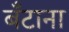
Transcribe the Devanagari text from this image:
बँटाना